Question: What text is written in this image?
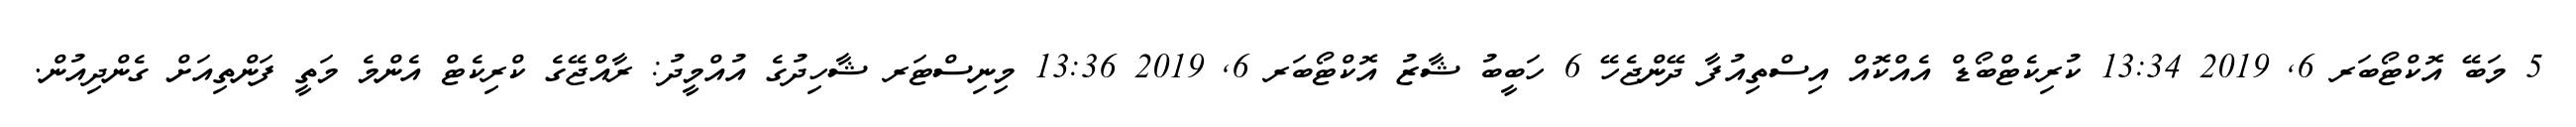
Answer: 5 މަބޭ އޮކްޓޯބަރ 6, 2019 13:34 ކުރިކެޓްބޯޑް އެއްކޮއް އިސްތިއުފާ ދޭންޖެހޭ 6 ހަބީބު ޝާޒު އޮކްޓޯބަރ 6, 2019 13:36 މިނިސްޓަރ ޝާހިދުގެ އުއްމީދު: ރާއްޖޭގެ ކްރިކެޓް އެންމެ މަތީ ފަންތިއަށް ގެންދިއުން.